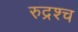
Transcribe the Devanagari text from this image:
रुद्रश्च